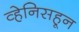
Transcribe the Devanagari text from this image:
व्हेनिसहून